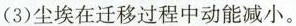
(3)尘埃在迁移过程中动能减小。